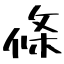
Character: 條